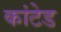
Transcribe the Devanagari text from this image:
कांटेड